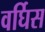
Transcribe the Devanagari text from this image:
वर्घिस